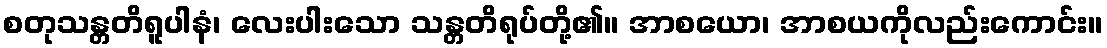
စတုသန္တတိရူပါနံ၊ လေးပါးသော သန္တတိရုပ်တို့၏။ အာစယော၊ အာစယကိုလည်းကောင်း။